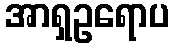
အာရှဥရောပ